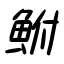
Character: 鮒